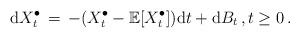
LaTeX: \begin{align*} {\mathrm d} X_{t}^{\bullet} \, =\, - (X_{t}^{\bullet} - \mathbb E[ X_{t}^{\bullet}] ) {\mathrm d} t + {\mathrm d} B_{t} \, ,t \ge 0 \, .\end{align*}